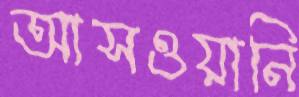
আসওয়ানি